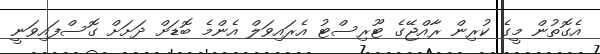
އެގޮތުން މީގެ ކުރިން ރާއްޖޭގެ ޓޫރިސްޓު އެރައިވަލް އެންމެ ބޮޑަށް ދަށަށް ގޮސްފައިވަނީ